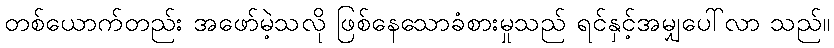
တစ်ယောက်တည်း အဖော်မဲ့သလို ဖြစ်နေသောခံစားမှုသည် ရင်နှင့်အမျှပေါ်လာ သည်။